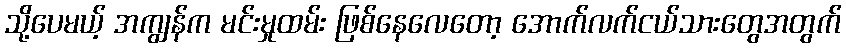
သို့ပေမယ့် အကျွန်က မင်းမှုထမ်း ဖြစ်နေလေတော့ အောက်လက်ငယ်သားတွေအတွက်